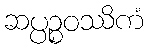
ဆပ္ပဉ္စဝဿိကံ